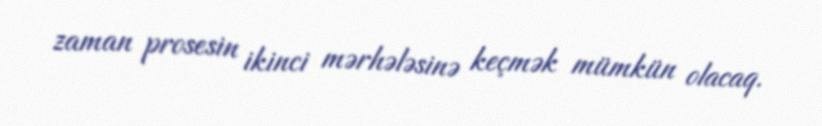
zaman prosesin ikinci mərhələsinə keçmək mümkün olacaq.